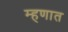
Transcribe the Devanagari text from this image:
म्हणात